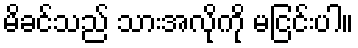
မိခင်သည် သားအလိုကို မငြင်းပါ။